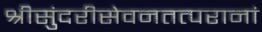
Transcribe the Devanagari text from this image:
श्रीसुंदरीसेवनतत्परानां